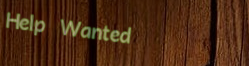
Help Wanted